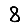
Digit: 8